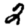
Digit: 2